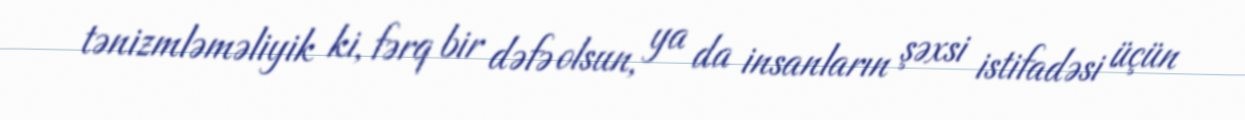
tənizmləməliyik ki, fərq bir dəfə olsun, ya da insanların şəxsi istifadəsi üçün